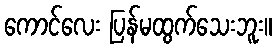
ကောင်လေး ပြန်မထွက်သေးဘူး။